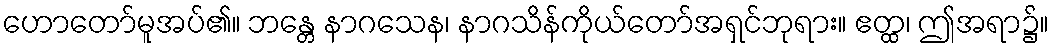
ဟောတော်မူအပ်၏။ ဘန္တေ နာဂသေန၊ နာဂသိန်ကိုယ်တော်အရှင်ဘုရား။ ဧတ္ထ၊ ဤအရာ၌။